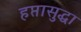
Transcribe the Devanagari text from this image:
हप्तासुद्धा